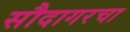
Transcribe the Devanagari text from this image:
सौदागरचा